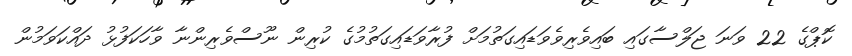
ކޮޕްގެ 22 ވަނަ ޖަލްސާގައި ބައިވެރިވެވަޑައިގަތުމަށް ފުރާވަޑައިގަތުމުގެ ކުރިން ނޫސްވެރިންނާ ވާހަކަފުޅު ދައްކަވަމުން